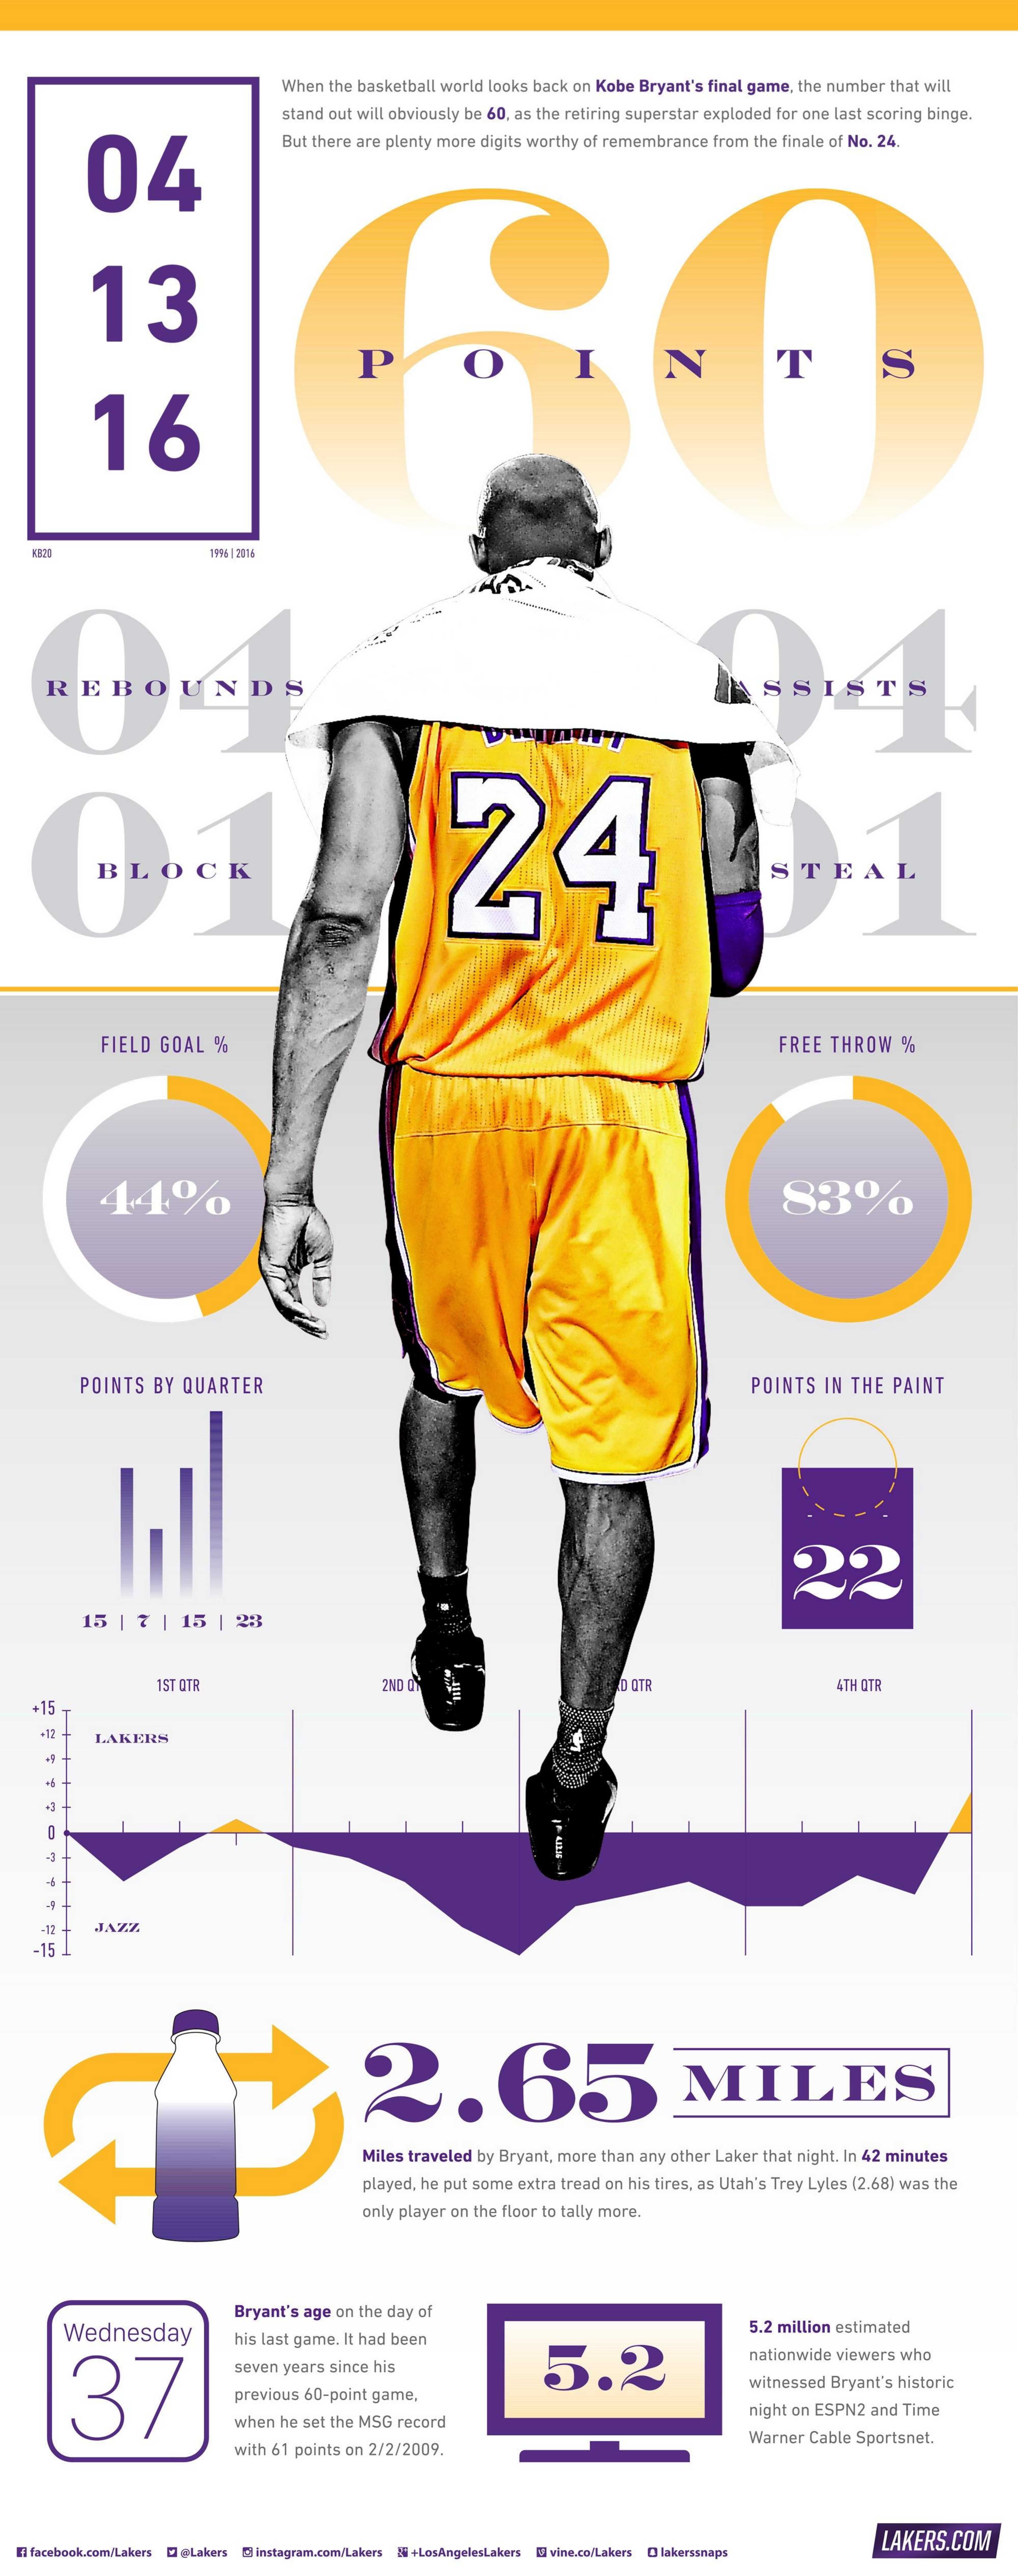
When  the basketball world  looks back on Kobe  Bryant's final game, the number   that will
     stand out will obviously be 60, as the retiring superstar exploded for one last scoring binge.
     04
     But there are plenty more digits worthy of remembrance    from the finale of No. 24.
     13
     P    N    T    S
     16
     1595 1 2114
     REBOUNDS    SSISTS
     24
     BLOCK    STEAL
     FIELD  GOAL    %    FREE  THROW    %
     44%    83%
     POINTS    BY QUARTER    POINTS   IN  THE   PAINT
     22
     15  |  7  | 15   |  23
     1ST QTR    2ND OY    O OTR    4TH QTR
     +15
     +12    LAKERS
     3
     JAZZ
     -15.J
     2.65    MILES
     Miles traveled by Bryant, more  than any other Laker  that night. In 42 minutes
     played, he put some extra tread on his tires, as Utah's Trey Lyles (2.68) was the
     only player on the floor to tally more.
     Wednesday
     Bryant's age on the day of
     his last game. It had been
     5.2 million estimated
     37
     seven years since his    5.2
     nationwide viewers  who
     previous 60-point game,
     witnessed  Bryant's historic
     when  he set the MSG record
     night on ESPN2  and Time
     with 61 points on 2/2/2009.
     Warner  Cable Sportsnet.
   Il facebook.com/Lakers CI @Lakers @instagram.com/Lakers & +LosAngelesLakers @ vine.co/Lakers O lakerssnaps
     LAKERS.COM